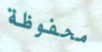
محفوظة